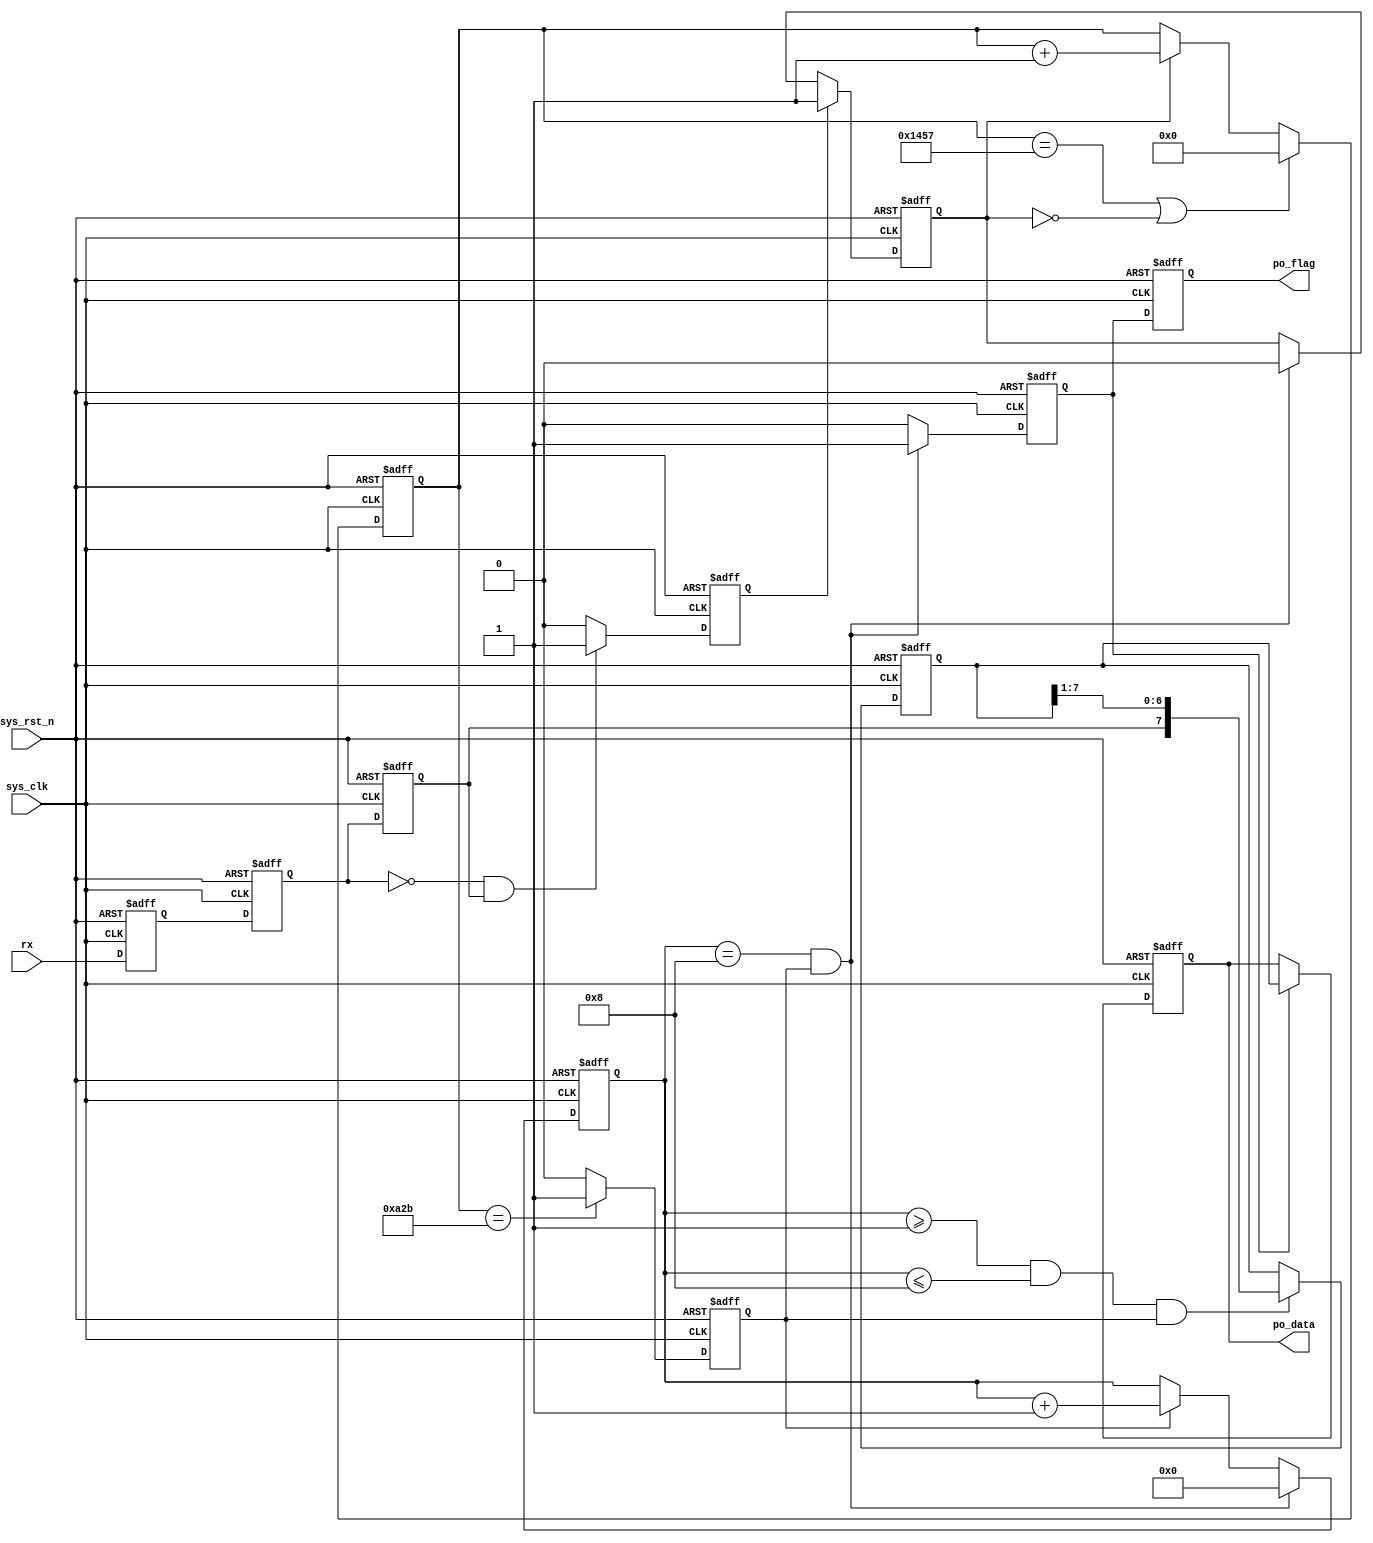
`timescale  1ns/1ns

module  uart_rx
#(
    parameter   UART_BPS    =   'd9600,         //
    parameter   CLK_FREQ    =   'd50_000_000    //
)
(
    input   wire            sys_clk     ,   //50MHz
    input   wire            sys_rst_n   ,   //
    input   wire            rx          ,   //

    output  reg     [7:0]   po_data     ,   //8bit
    output  reg             po_flag         //
);


//localparam    define
localparam  BAUD_CNT_MAX    =   CLK_FREQ/UART_BPS   ;

//reg   define
reg         rx_reg1     ;
reg         rx_reg2     ;
reg         rx_reg3     ;
reg         start_nedge ;
reg         work_en     ;
reg [12:0]  baud_cnt    ;
reg         bit_flag    ;
reg [3:0]   bit_cnt     ;
reg [7:0]   rx_data     ;
reg         rx_flag     ;

//
//rx_reg1:1
always@(posedge sys_clk or negedge sys_rst_n)
    if(sys_rst_n == 1'b0)
        rx_reg1 <= 1'b1;
    else
        rx_reg1 <= rx;

//rx_reg2:1
always@(posedge sys_clk or negedge sys_rst_n)
    if(sys_rst_n == 1'b0)
        rx_reg2 <= 1'b1;
    else
        rx_reg2 <= rx_reg1;

//rx_reg3:
always@(posedge sys_clk or negedge sys_rst_n)
    if(sys_rst_n == 1'b0)
        rx_reg3 <= 1'b1;
    else
        rx_reg3 <= rx_reg2;

//start_nedge:start_nedge
always@(posedge sys_clk or negedge sys_rst_n)
    if(sys_rst_n == 1'b0)
        start_nedge <= 1'b0;
    else    if((~rx_reg2) && (rx_reg3))
        start_nedge <= 1'b1;
    else
        start_nedge <= 1'b0;

//work_en:
always@(posedge sys_clk or negedge sys_rst_n)
    if(sys_rst_n == 1'b0)
        work_en <= 1'b0;
    else    if(start_nedge == 1'b1)
        work_en <= 1'b1;
    else    if((bit_cnt == 4'd8) && (bit_flag == 1'b1))
        work_en <= 1'b0;

//baud_cnt:0BAUD_CNT_MAX - 1
always@(posedge sys_clk or negedge sys_rst_n)
    if(sys_rst_n == 1'b0)
        baud_cnt <= 13'b0;
    else    if((baud_cnt == BAUD_CNT_MAX - 1) || (work_en == 1'b0))
        baud_cnt <= 13'b0;
    else    if(work_en == 1'b1)
        baud_cnt <= baud_cnt + 1'b1;   

//bit_flag:baud_cnt
//
always@(posedge sys_clk or negedge sys_rst_n)
    if(sys_rst_n == 1'b0)
        bit_flag <= 1'b0;
    else    if(baud_cnt == BAUD_CNT_MAX/2 - 1)
        bit_flag <= 1'b1;
    else
        bit_flag <= 1'b0;

//bit_cnt:8
//
always@(posedge sys_clk or negedge sys_rst_n)
    if(sys_rst_n == 1'b0)
        bit_cnt <= 4'b0;
    else    if((bit_cnt == 4'd8) && (bit_flag == 1'b1))
        bit_cnt <= 4'b0;
     else    if(bit_flag ==1'b1)
         bit_cnt <= bit_cnt + 1'b1;

//rx_data:
always@(posedge sys_clk or negedge sys_rst_n)
    if(sys_rst_n == 1'b0)
        rx_data <= 8'b0;
    else    if((bit_cnt >= 4'd1)&&(bit_cnt <= 4'd8)&&(bit_flag == 1'b1))
        rx_data <= {rx_reg3, rx_data[7:1]};

//rx_flag:rx_flag
always@(posedge sys_clk or negedge sys_rst_n)
    if(sys_rst_n == 1'b0)
        rx_flag <= 1'b0;
    else    if((bit_cnt == 4'd8) && (bit_flag == 1'b1))
        rx_flag <= 1'b1;
    else
        rx_flag <= 1'b0;

//po_data:8
always@(posedge sys_clk or negedge sys_rst_n)
    if(sys_rst_n == 1'b0)
        po_data <= 8'b0;
    else    if(rx_flag == 1'b1)
        po_data <= rx_data;

//po_flag:rx_flagpo_data
always@(posedge sys_clk or negedge sys_rst_n)
    if(sys_rst_n == 1'b0)
        po_flag <= 1'b0;
    else
        po_flag <= rx_flag;


endmodule